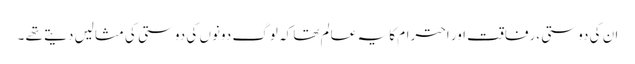
ان کی دوستی ،رفاقت اور احترام کا یہ عالم تھا کہ لوگ دونوں کی دوستی کی مثالیں دیتے تھے ۔